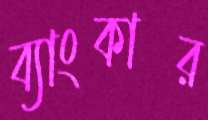
ব্যাংকার